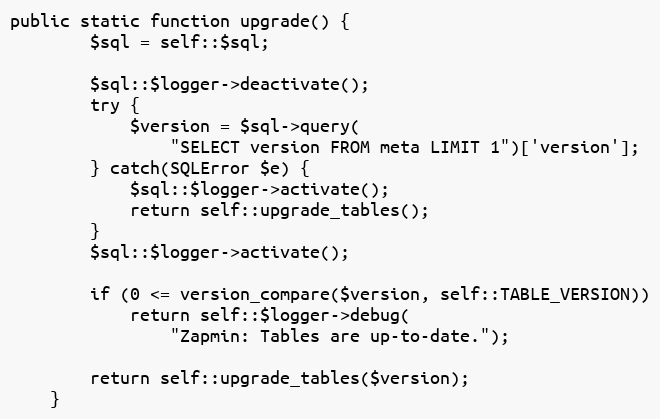
Language: PHP
public static function upgrade() {
		$sql = self::$sql;

		$sql::$logger->deactivate();
		try {
			$version = $sql->query(
				"SELECT version FROM meta LIMIT 1")['version'];
		} catch(SQLError $e) {
			$sql::$logger->activate();
			return self::upgrade_tables();
		}
		$sql::$logger->activate();

		if (0 <= version_compare($version, self::TABLE_VERSION))
			return self::$logger->debug(
				"Zapmin: Tables are up-to-date.");

		return self::upgrade_tables($version);
	}